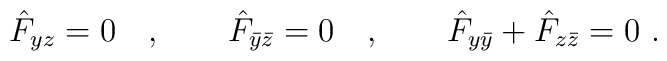
\hat{F}_{yz}=0\quad ,\qquad \hat{F}_{\bar y\bar z}=0\quad ,\qquad  \hat{F}_{ y\bar y}+\hat{F}_{z\bar z}=0\ .